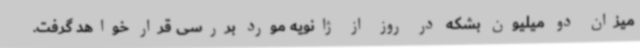
میزان دو میلیون بشکه در روز از ژانویه مورد بررسی قرار خواهد گرفت.